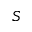
S